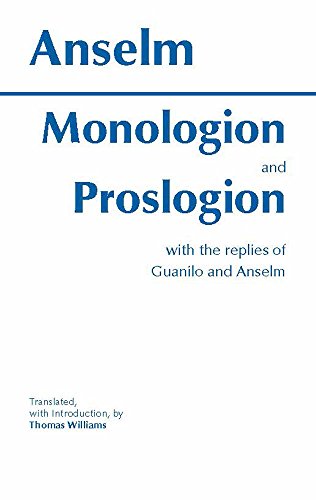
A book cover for Monologion and Proslogion: with the replies of Gaunilo and Anselm (Hackett Classics); Anselm; Politics & Social Sciences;